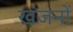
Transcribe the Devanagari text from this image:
खंजनों